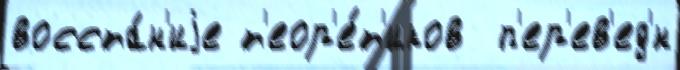
восста́н'иjе т'еор'е́т'иков  п'ер'ев'ед'́н